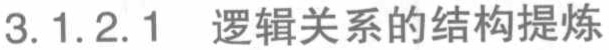
3.1.2.1 逻辑关系的结构提炼